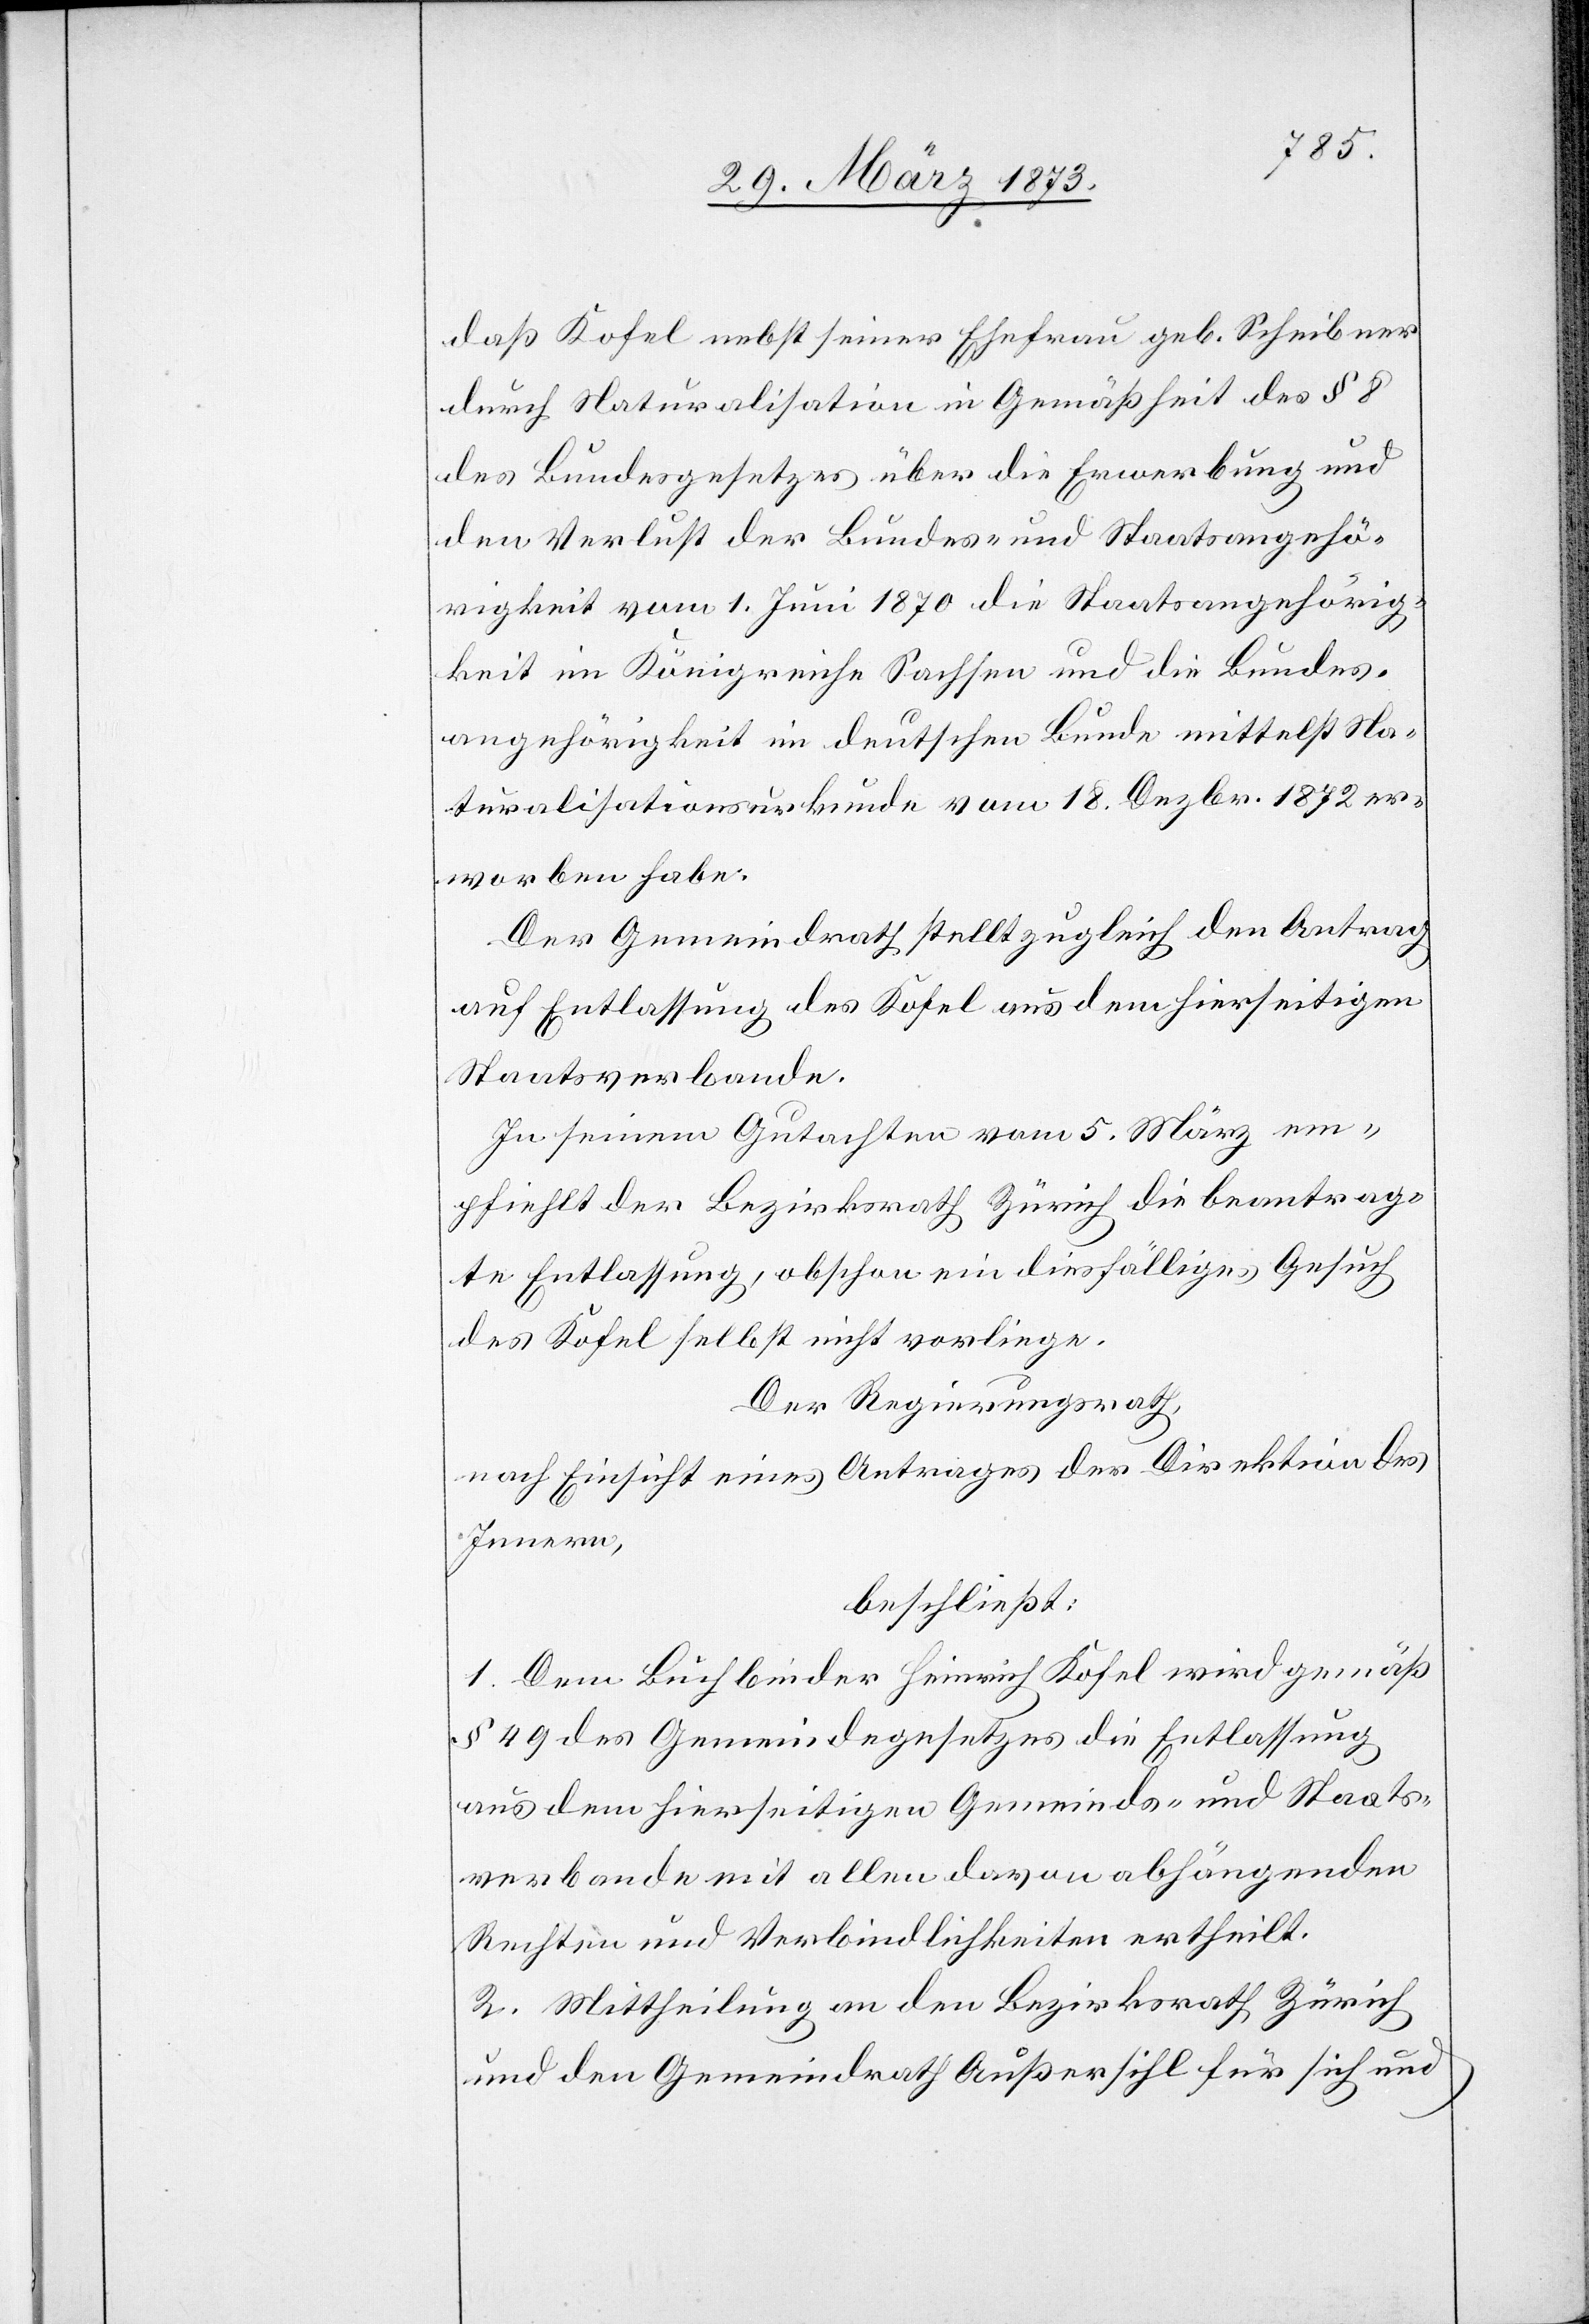
daß Kosel nebst seiner Ehefrau geb. Scheibner
durch Naturalisation in Gemäßheit des § 8
des Bundesgesetzes über die Erwerbung und
den Verlust der Bundes- und Staatsangehö¬
rigkeit vom 1. Juni 1870 die Staatsangehörig¬
keit im Königreiche Sachsen und die Bundes¬
angehörigkeit im deutschen Bunde mittelst Na¬
turalisationsurkunde vom 18. Dezbr. 1872 er¬
worben habe.
Der Gemeindrath stellt zugleich den Antrag
auf Entlassung des Kosel aus dem hierseitigen
Staatsverbande.
In seinem Gutachten vom 5. März em¬
pfiehlt der Bezirksrath Zürich die beantrag¬
te Entlassung, obschon ein diesfälliges Gesuch
des Kosel selbst nicht vorliege.
Der Regierungsrath,
nach Einsicht eines Antrages der Direktion des
Innern,
beschließt:
1. Dem Buchbinder Heinrich Kosel wird gemäß
§ 49 des Gemeindegesetzes die Entlassung
aus dem hierseitigen Gemeinds- und Staats¬
verbande mit allen davon abhängenden
Rechten und Verbindlichkeiten ertheilt.
2. Mittheilung an den Bezirksrath Zürich
und den Gemeindrath Außersihl für sich und